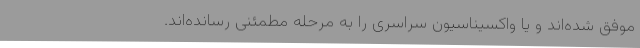
موفق شده‌اند و یا واکسیناسیون سراسری را به مرحله مطمئنی رسانده‌اند.